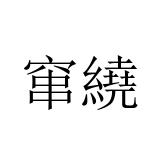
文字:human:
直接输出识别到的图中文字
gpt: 窜繞